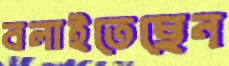
বলাইতেছেন